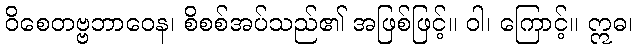
ဝိစေတဗ္ဗဘာဝေန၊ စိစစ်အပ်သည်၏ အဖြစ်ဖြင့်။ ဝါ၊ ကြောင့်။ ဣဓ၊